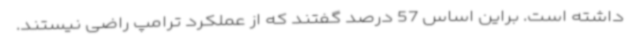
داشته است. براین اساس 57 درصد گفتند که از عملکرد ترامپ راضی نیستند.